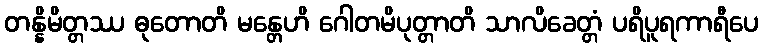
တန္နိမိတ္တဿ ဓုတောတိ မန္တေဟိ ဂေါတမိပုတ္တာတိ သာလိခေတ္တံ ပရိပူရကာရီပေ